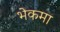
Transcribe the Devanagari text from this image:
भेकमा